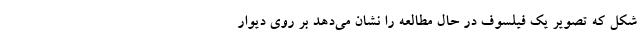
شکل که تصویر یک فیلسوف در حال مطالعه را نشان می‌دهد بر روی دیوار